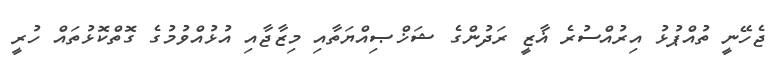
ޖެހޭނީ ތުއްޕުޅު އިރުއްސުރެ ޣާޒީ ރަދުންގެ ޝަޚްޞިއްޔަތާއި މިޒާޖާއި އުޅުއްވުމުގެ ގޮތްކޮޅުތައް ހުރީ